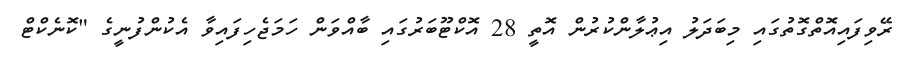
ރޭވިފައިއޮތްގޮތުގައި މިބަދަލު އިޢުލާންކުުރުން އޮތީ 28 އޮކްޓޫބަރުގައި ބާއްވަން ހަމަޖެހިފައިވާ އެކުންފުނީގެ "ކޮނެކްޓް